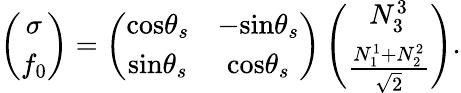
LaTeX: \left(\begin{array}{c}{{\sigma}}\\ {{f_{0}}}\end{array}\right)=\left(\begin{array}{cc}{{\mathrm{cos}\theta_{s}}}&{{-\mathrm{sin}\theta_{s}}}\\ {{\mathrm{sin}\theta_{s}}}&{{\mathrm{cos}\theta_{s}}}\end{array}\right)\left(\begin{array}{c}{{N_{3}^{3}}}\\ {{\frac{N_{1}^{1}+N_{2}^{2}}{\sqrt 2}}}\end{array}\right).